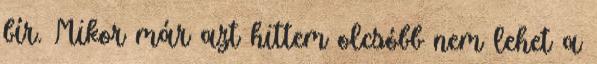
bír. Mikor már azt hittem olcsóbb nem lehet a